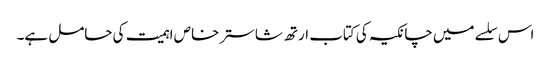
اس سلسے میں چانکیہ کی کتاب ارتھ شاستر خاص اہمیت کی حامل ہے۔